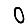
Digit: 0